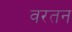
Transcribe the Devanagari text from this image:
वरतन